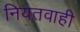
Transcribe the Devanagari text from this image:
नियतवाही